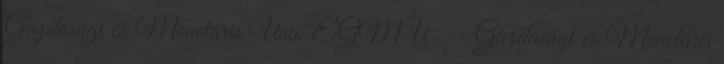
Gazdasági és Monetáris Unió EGMU  Gazdasági és Monetáris